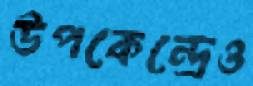
উপকেন্দ্রেও